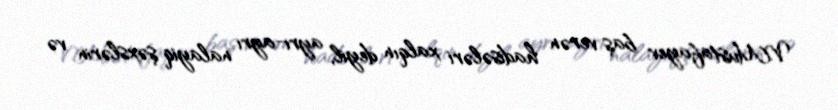
V.Mustafayev baş verən hadisələri xalqın deyil, ayrı-ayrı nalayiq şəxslərin və